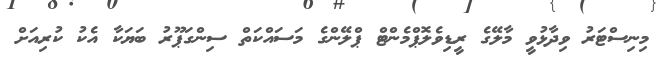
މިނިސްޓަރު ވިދާޅުވީ މާލޭގެ ރީޑިވެލޮޕްމެންޓް ޕްލޭންގެ މަސައްކަތް ސިންގަޕޫރު ބަޔަކާ އެކު ކުރިއަށް